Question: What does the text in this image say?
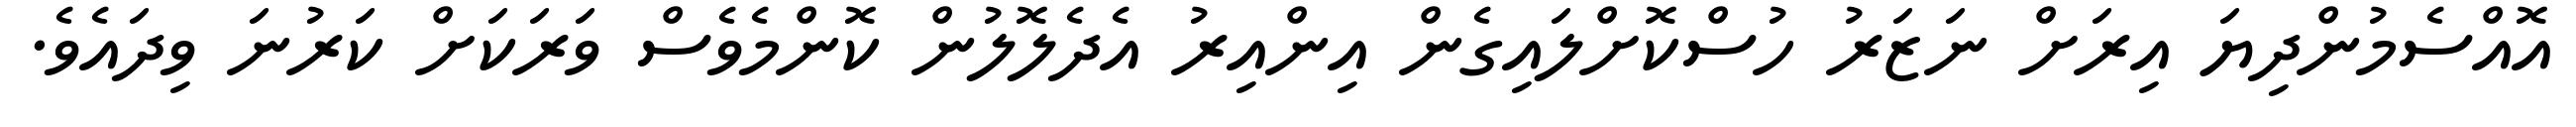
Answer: އޮއްސެމުންދިޔަ އިރަށް ނަޒަރު ހުސްކޮށްލައިގެން އިންއިރު އެދެލޮލުން ކޮންމެވެސް ވަރަކަށް ކަރުނަ ވިދައެވެ.